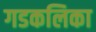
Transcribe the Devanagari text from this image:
गडकलिका